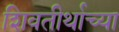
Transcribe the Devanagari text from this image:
शिवतीर्थाच्या